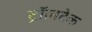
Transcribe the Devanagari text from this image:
ट्रॉलटेक